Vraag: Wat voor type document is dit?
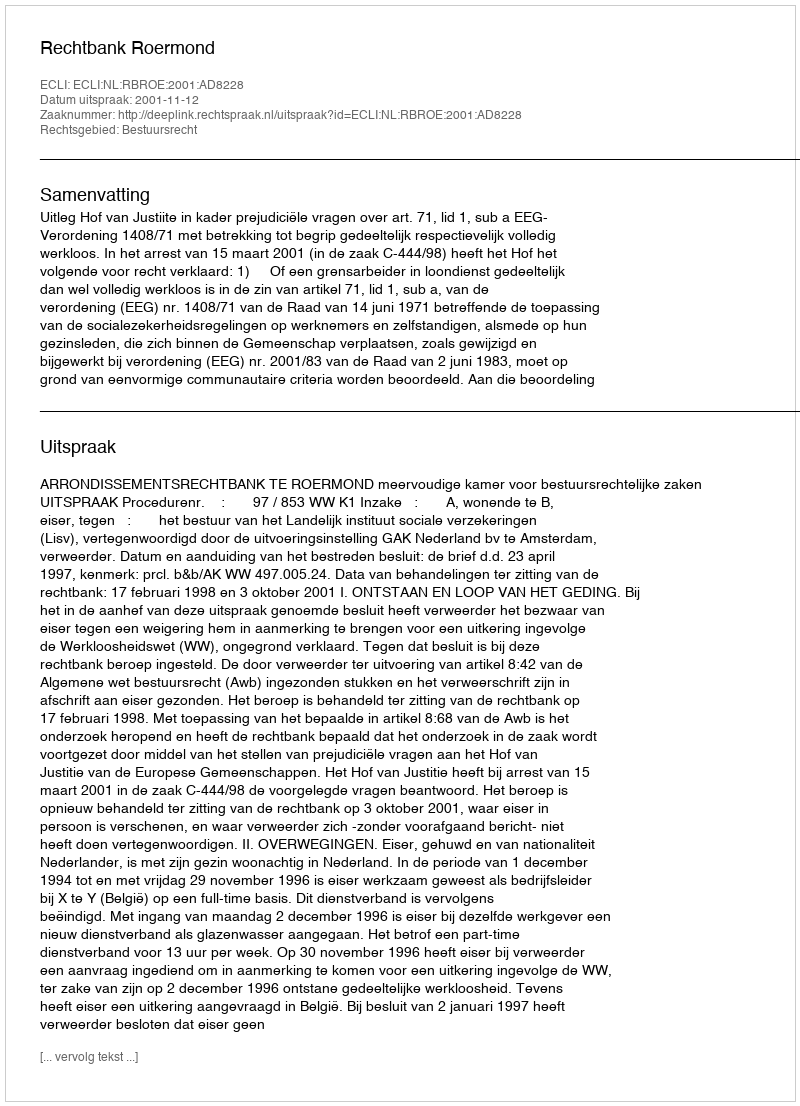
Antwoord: Uitspraak